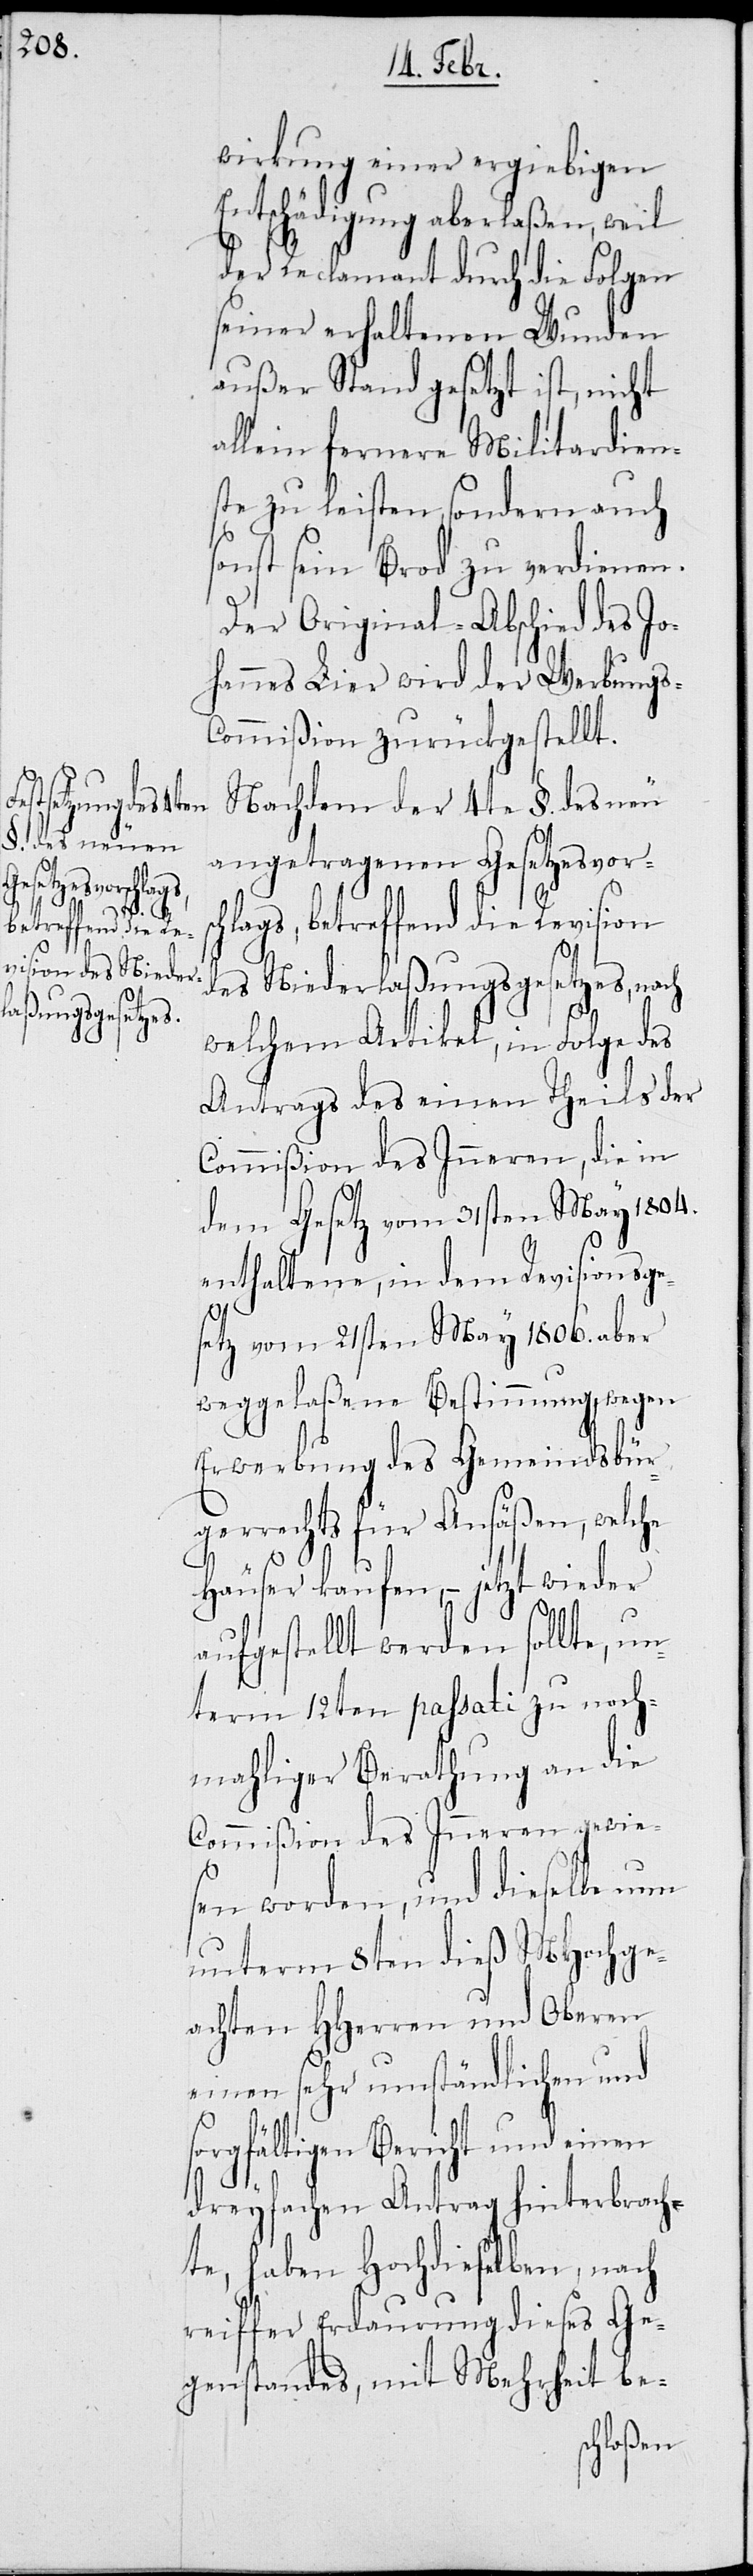
wirkung einer ergiebigen
Entschädigung aberlaßen, weil
der Reclamant durch die Folgen
seiner erhaltenen Wunden
außer Stand gesetzt ist, nicht
allein fernere Militardien¬
ste zu leisten, sondern auch
sonst kein Brod zu verdienen.
Der Original-Abschied des Jo¬
hannes Lier wird der Werbungs-C¬
ommißion zurückgestellt.
Nachdem der 4te §. des neu
angetragenen Gesetzesvorsc¬
hlags, betreffend die Revision
des Niederlaßungsgesetzes, nach
welchem Artikel, in Folge des
Antrags des einen Theils der
Commißion des Inneren, die in
dem Gesetz vom 31sten März 1804.
enthaltene, in dem Revisionsge¬
setz vom 21sten März 1806. aber
weggelaßene Bestimmung wegen
Erwerbung des Gemeindsbür¬
gerrechts für Ansäßen, welche
Häuser kaufen, – jetzt wieder
aufgestellt werden sollte, un¬
term 12ten passati zu noch¬
mahliger Berathung an die
Commißion des Inneren gewie¬
sen worden, und dieselbe nun
unterm 8ten dieß MHochge¬
achten HHerren und Oberen
einen sehr umständlichen und
sorgfältigen Bericht und einen
dreyfachen Antrag hinterbrach¬
te, haben Hochdieselben, nach
reiffer Erdaurung dieses Ge¬
genstandes, mit Mehrheit be-